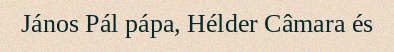
János Pál pápa, Hélder Câmara és